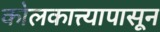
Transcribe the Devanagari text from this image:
कोलकात्त्यापासून